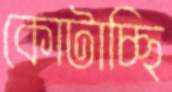
কোটাচ্ছি